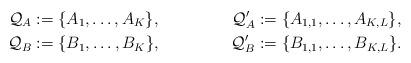
LaTeX: \begin{align*}\mathcal{Q}_A & := \{A_1, \dots, A_K\}, & \mathcal{Q}'_A &:= \{A_{1,1}, \dots, A_{K,L}\}, \\ \mathcal{Q}_B &:= \{B_1, \dots, B_K\}, &\mathcal{Q}'_B & := \{B_{1,1}, \dots, B_{K,L}\}. \end{align*}